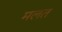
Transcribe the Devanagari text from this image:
मलत